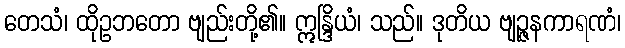
တေသံ၊ ထိုဥဘတော ဗျည်းတို့၏။ ဣန္ဒြိယံ၊ သည်။ ဒုတိယ ဗျဉ္ဇနကာရဏံ၊